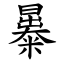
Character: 㬥